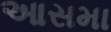
આસમા